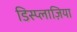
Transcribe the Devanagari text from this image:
डिस्प्लाज़िया